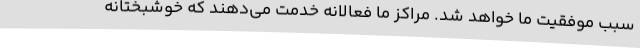
سبب موفقیت ما خواهد شد. مراکز ما فعالانه خدمت می‌دهند که خوشبختانه